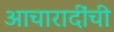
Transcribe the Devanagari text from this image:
आचारादींची